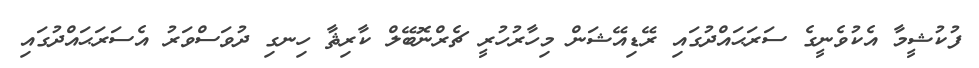
ފުކުޝީމާ އެކުވެނީގެ ސަރަޙައްދުގައި ރޭޑިއޭޝަން މިހާރުހުރީ ޗެރްނޮބޭލް ކާރިޘާ ހިނގި ދުވަސްވަރު އެސަރަޙައްދުގައި